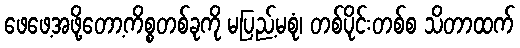
ဖေဖေ့အဖို့တော့ကိစ္စတစ်ခုကို မပြည့်မစုံ၊ တစ်ပိုင်းတစ်စ သိတာထက်